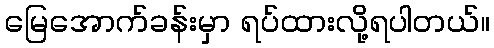
မြေအောက်ခန်းမှာ ရပ်ထားလို့ရပါတယ်။